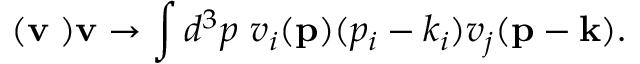
( { \bf v \nabla ) v } \rightarrow \int d ^ { 3 } p ~ v _ { i } ( { \bf p } ) ( p _ { i } - k _ { i } ) v _ { j } ( { \bf p - k } ) .